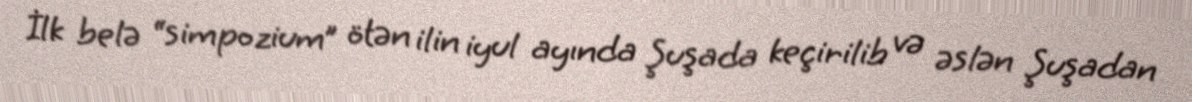
İlk belə “simpozium” ötən ilin iyul ayında Şuşada keçirilib və əslən Şuşadan